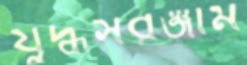
যুদ্ধসরঞ্জাম